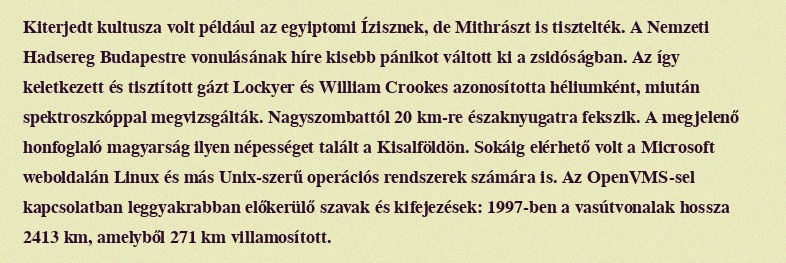
Kiterjedt kultusza volt például az egyiptomi Ízisznek, de Mithrászt is tisztelték. A Nemzeti Hadsereg Budapestre vonulásának híre kisebb pánikot váltott ki a zsidóságban. Az így keletkezett és tisztított gázt Lockyer és William Crookes azonosította héliumként, miután spektroszkóppal megvizsgálták. Nagyszombattól 20 km-re északnyugatra fekszik. A megjelenő honfoglaló magyarság ilyen népességet talált a Kisalföldön. Sokáig elérhető volt a Microsoft weboldalán Linux és más Unix-szerű operációs rendszerek számára is. Az OpenVMS-sel kapcsolatban leggyakrabban előkerülő szavak és kifejezések: 1997-ben a vasútvonalak hossza 2413 km, amelyből 271 km villamosított.